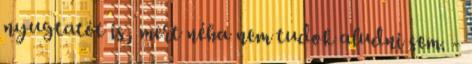
nyugtatót is, mert néha nem tudok aludni sem. -